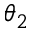
\theta _ { 2 }